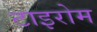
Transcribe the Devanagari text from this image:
टाइरोम